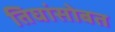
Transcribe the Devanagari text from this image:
तिघांसोबत